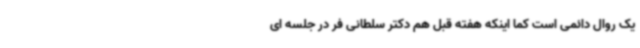
یک روال دائمی است کما اینکه هفته قبل هم دکتر سلطانی فر در جلسه ای